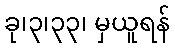
ခု၊၃၊၃၃၊ မှယူရန်